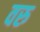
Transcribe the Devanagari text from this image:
वरु